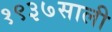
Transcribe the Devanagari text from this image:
१९३७साली